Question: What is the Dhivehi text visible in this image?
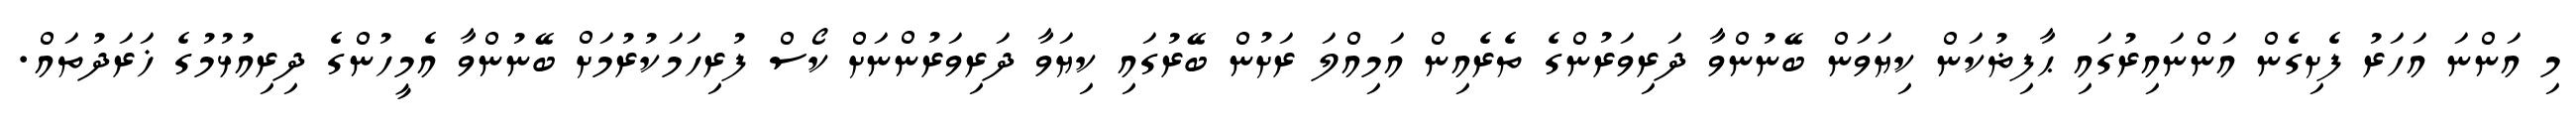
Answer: މި އަންނަ އަހަރު ފެށިގެން އަންނައިރުގައި ޙާފިޡުކަން ކިޔަވަން ބޭނުންވާ ދަރިވަރުންގެ ތެރެއިން އަމިއްލަ ރަށުން ބޭރުގައި ކިޔަވާ ދަރިވަރުންނަށް ކޯސް ފުރިހަމަކުރުމަށް ބޭނުންވާ އެމީހުންގެ ދިރިއުޅުމުގެ ޚަރަދުތައް.